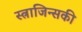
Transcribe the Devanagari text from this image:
स्त्राजिन्सकी